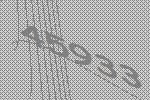
45933